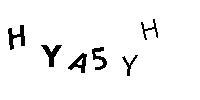
HYA5YH